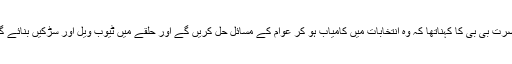
حضرت بی بی کا کہناتھا کہ وہ انتخابات میں کامیاب ہو کر عوام کے مسائل حل کریں گے اور حلقے میں ٹیوب ویل اور سڑکیں بنائے گی ۔